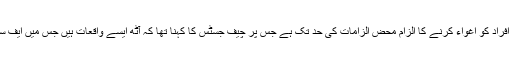
ایف سی اور خفیہ اداروں کے وکیل راجہ ارشاد کا کہنا تھا کہ ان اداروں پر مختلف افراد کو اغواء کرنے کا الزام محض الزامات کی حد تک ہے جس پر چیف جسٹس کا کہنا تھا کہ آٹھ ایسے واقعات ہیں جس میں ایف سی کے اہلکار ملوث ہیں لیکن انہیں قانون نافذ کرنے والوں کے حوالے نہیں کیا گیا۔